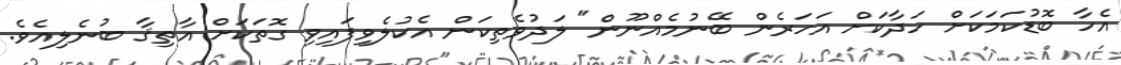
އެހާ ބޮޑުކަމަކަށް ހަދާކަށް އަހަރެން ބޭނުމެއްނޫން" ލަދުވެތިކަން އެކުލެވިފައިވި ގޮތަކަށް އާތިޤާ ބުނެލިއެވެ.